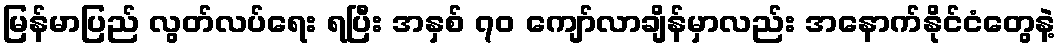
မြန်မာပြည် လွတ်လပ်ရေး ရပြီး အနှစ် ၇၀ ကျော်လာချိန်မှာလည်း အနောက်နိုင်ငံတွေနဲ့